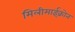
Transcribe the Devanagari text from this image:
मिलीमाईक्रोन